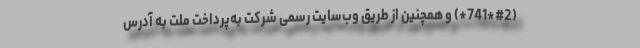
(#2*741*) و همچنین از طریق وب‌سایت رسمی شرکت به‌پرداخت ملت به آدرس